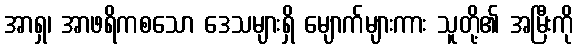
အာရှ၊ အာဖရိကစသော ဒေသများရှိ မျောက်များကား သူတို့၏ အမြီးကို